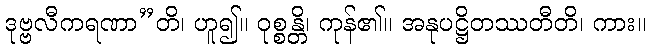
ဒုဗ္ဗလီကရဏာ”တိ၊ ဟူ၍။ ဝုစ္စန္တိ၊ ကုန်၏။ အနုပဋ္ဌိတဿတီတိ၊ ကား။